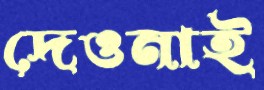
দেওনাই